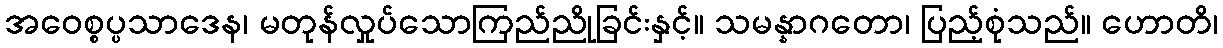
အဝေစ္စပ္ပသာဒေန၊ မတုန်လှုပ်သောကြည်ညိုခြင်းနှင့်။ သမန္နာဂတော၊ ပြည့်စုံသည်။ ဟောတိ၊